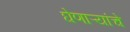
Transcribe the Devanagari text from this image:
घेणाऱ्यांचे